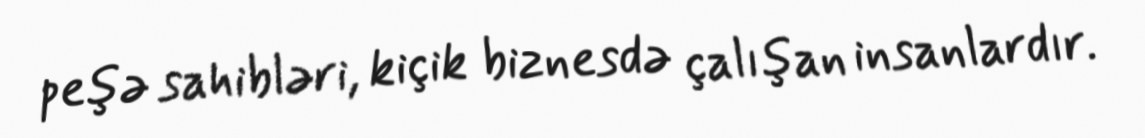
peşə sahibləri, kiçik biznesdə çalışan insanlardır.